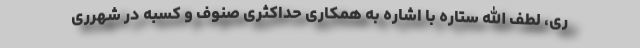
ری، لطف الله ستاره با اشاره به همکاری حداکثری صنوف و کسبه در شهرری